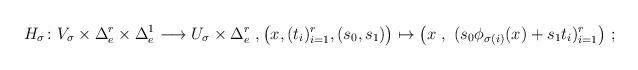
LaTeX: \begin{align*}H_\sigma \colon V_\sigma \times \Delta^r_e\times \Delta^1_e \longrightarrow U_\sigma \times \Delta^r_e~,\bigl(x,(t_i)_{i=1}^r,(s_0,s_1)\bigr)\mapsto\bigl(x~,~(s_0\phi_{\sigma(i)}(x)+s_1t_i)_{i=1}^{r}\bigr)~;\end{align*}